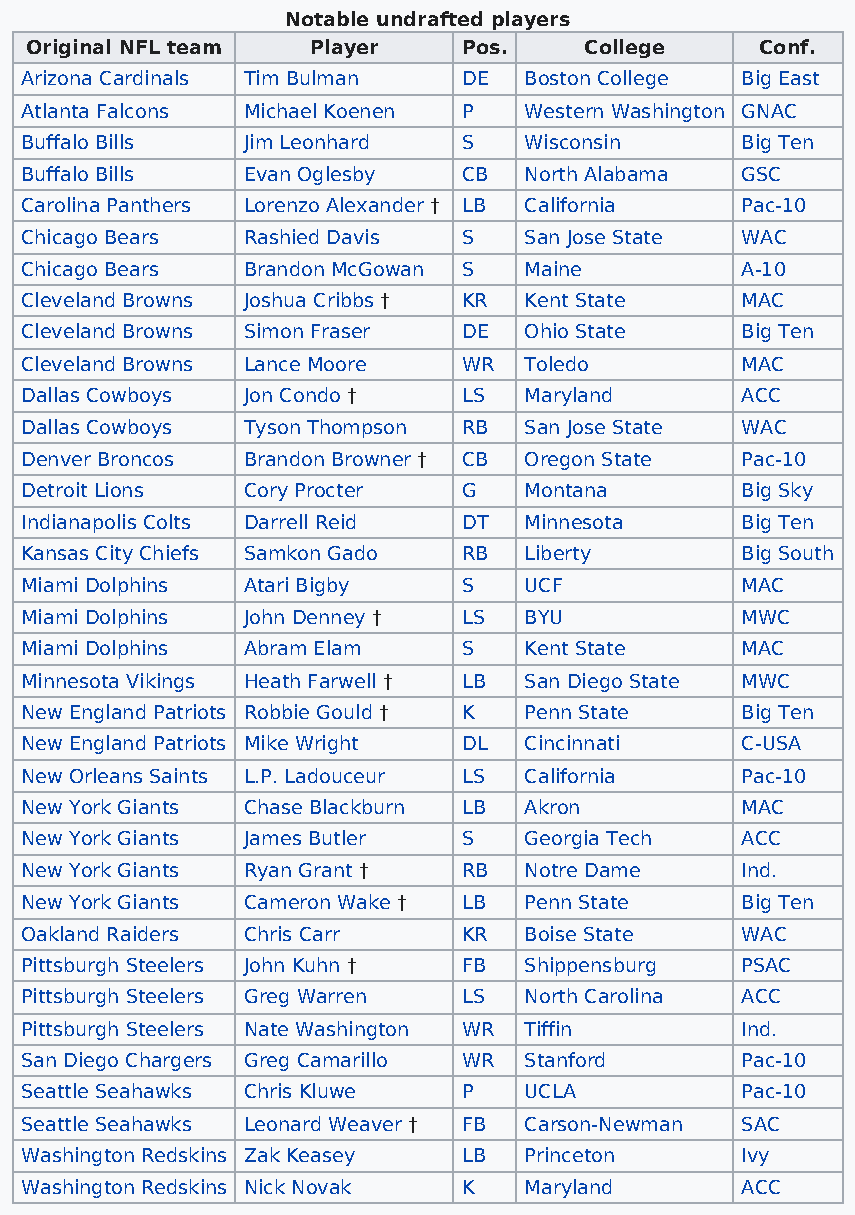
Notable undrafted players
 Original NFL team  Player    Pos.    College    Conf.
 Arizona Cardinals Tim Bulman  DE  Boston College Big East
 Atlanta Falcons Michael Koenen P  Western Washington GNAC
 Buffalo Bills  Jim Leonhard   S   Wisconsin     Big Ten
 Buffalo Bills  Evan Oglesby   CB  North Alabama GSC
 Carolina Panthers Lorenzo Alexander † LB California Pac-10
 Chicago Bears  Rashied Davis  S   San Jose State WAC
 Chicago Bears  Brandon McGowan S  Maine         A-10
 Cleveland Browns Joshua Cribbs † KR Kent State  MAC
 Cleveland Browns Simon Fraser DE  Ohio State    Big Ten
 Cleveland Browns Lance Moore  WR  Toledo        MAC
 Dallas Cowboys Jon Condo †    LS  Maryland      ACC
 Dallas Cowboys Tyson Thompson RB  San Jose State WAC
 Denver Broncos Brandon Browner † CB Oregon State Pac-10
 Detroit Lions  Cory Procter   G   Montana       Big Sky
 Indianapolis Colts Darrell Reid DT Minnesota    Big Ten
 Kansas City Chiefs Samkon Gado RB Liberty       Big South
 Miami Dolphins Atari Bigby    S   UCF           MAC
 Miami Dolphins John Denney †  LS  BYU           MWC
 Miami Dolphins Abram Elam     S   Kent State    MAC
 Minnesota Vikings Heath Farwell † LB San Diego State MWC
 New England Patriots Robbie Gould † K Penn State Big Ten
 New England Patriots Mike Wright DL Cincinnati  C-USA
 New Orleans Saints L.P. Ladouceur LS California Pac-10
 New York Giants Chase Blackburn LB Akron        MAC
 New York Giants James Butler  S   Georgia Tech  ACC
 New York Giants Ryan Grant †  RB  Notre Dame    Ind.
 New York Giants Cameron Wake † LB Penn State    Big Ten
 Oakland Raiders Chris Carr    KR  Boise State   WAC
 Pittsburgh Steelers John Kuhn † FB Shippensburg PSAC
 Pittsburgh Steelers Greg Warren LS North Carolina ACC
 Pittsburgh Steelers Nate Washington WR Tiffin   Ind.
 San Diego Chargers Greg Camarillo WR Stanford   Pac-10
 Seattle Seahawks Chris Kluwe  P   UCLA          Pac-10
 Seattle Seahawks Leonard Weaver † FB Carson-Newman SAC
 Washington Redskins Zak Keasey LB Princeton     Ivy
 Washington Redskins Nick Novak K  Maryland      ACC